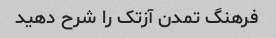
فرهنگ تمدن آزتک را شرح دهید